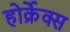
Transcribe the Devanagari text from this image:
होर्क्रेक्स